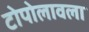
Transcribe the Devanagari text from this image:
टोपोलावला